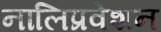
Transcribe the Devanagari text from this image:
नालिप्रवेशन